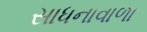
સાધનાવાળા